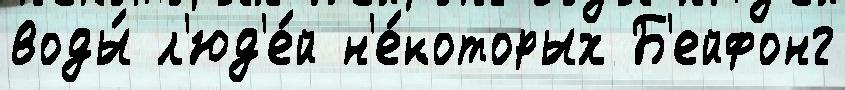
воды́ л'юд'е́й н'е́которых Б'ейфонг